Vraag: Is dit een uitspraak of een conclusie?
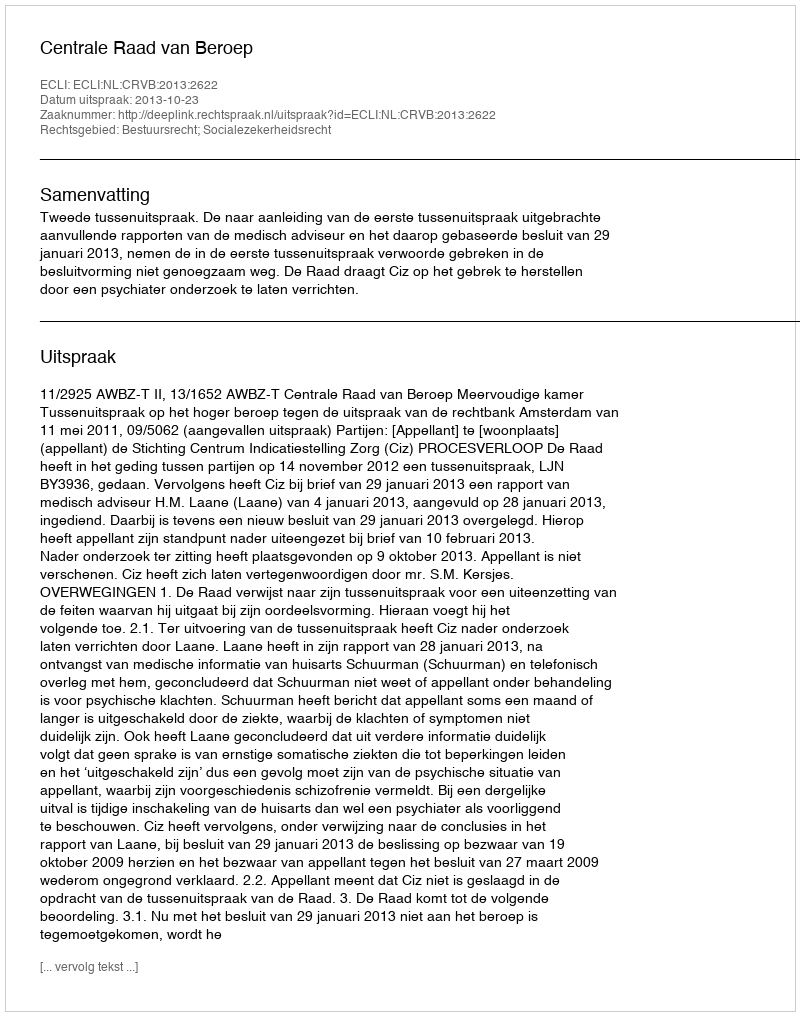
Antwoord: Uitspraak